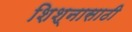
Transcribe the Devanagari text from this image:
शिश्नासाठी